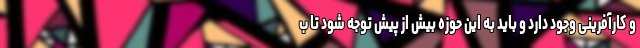
و کارآفرینی وجود دارد و باید به این حوزه بیش از پیش توجه شود تا ب